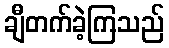
ချီတက်ခဲ့ကြသည်